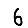
Digit: 6